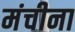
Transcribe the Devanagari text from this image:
मंचीना